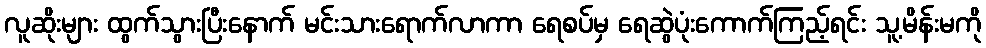
လူဆိုးများ ထွက်သွားပြီးနောက် မင်းသားရောက်လာကာ ရေစပ်မှ ရေဆွဲပုံးကောက်ကြည့်ရင်း သူ့မိန်းမကို